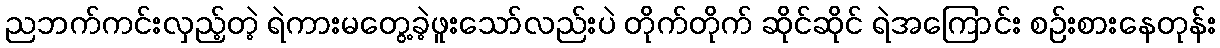
ညဘက်ကင်းလှည့်တဲ့ ရဲကားမတွေ့ခဲ့ဖူးသော်လည်းပဲ တိုက်တိုက် ဆိုင်ဆိုင် ရဲအကြောင်း စဉ်းစားနေတုန်း